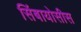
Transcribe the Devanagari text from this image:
सिंबायोसीस